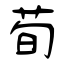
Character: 荀